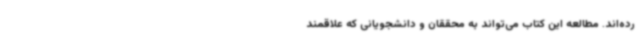
رده‌اند. مطالعه این کتاب می‌تواند به محققان و دانشجویانی که علاقمند